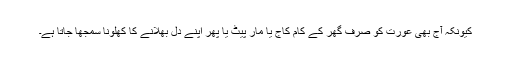
کیونکہ آج بھی عورت کو صرف گھر کے کام کاج یا مار پیٹ یا پھر اپنے دل بھلانے کا کھلونا سمجھا جاتا ہے۔